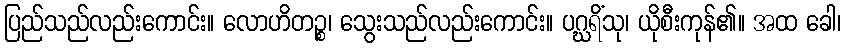
ပြည်သည်လည်းကောင်း။ လောဟိတဉ္စ၊ သွေးသည်လည်းကောင်း။ ပဂ္ဃရိံသု၊ ယိုစီးကုန်၏။ အထ ခေါ၊